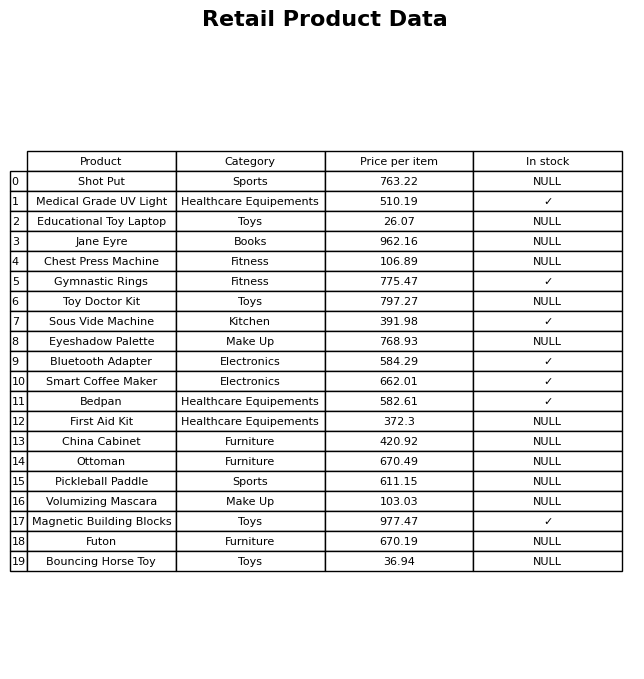
question: What is the stock status of the Educational Toy Laptop?
answer: NULL